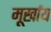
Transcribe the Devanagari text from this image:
मूर्खाय